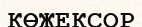
КӨЖЕКСОР